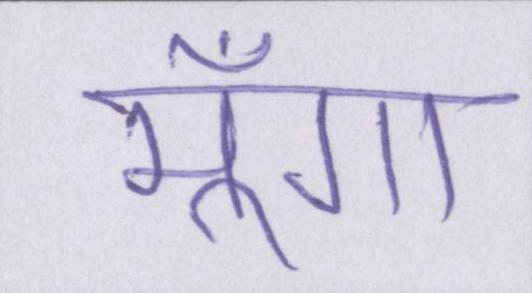
मूँगा